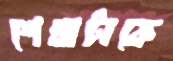
শেখাটাকে